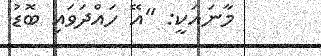
މާނައަކީ: ''އޭ ހައްދަވައި ބޮޑު